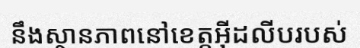
នឹងស្ថានភាពនៅខេត្តអ៊ីដលីបរបស់